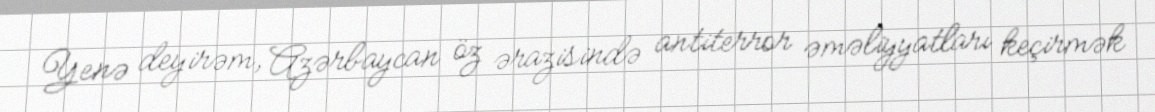
Yenə deyirəm, Azərbaycan öz ərazisində antiterror əməliyyatları keçirmək